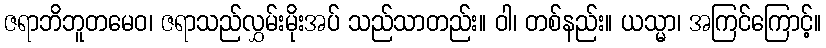
ဇရာဘိဘူတမေဝ၊ ဇရာသည်လွှမ်းမိုးအပ် သည်သာတည်း။ ဝါ၊ တစ်နည်း။ ယသ္မာ၊ အကြင်ကြောင့်။